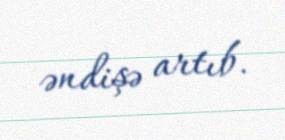
əndişə artıb.